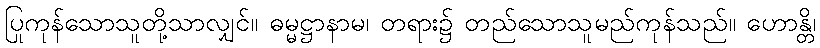
ပြုကုန်သောသူတို့သာလျှင်။ ဓမ္မဋ္ဌာနာမ၊ တရား၌ တည်သောသူမည်ကုန်သည်။ ဟောန္တိ၊